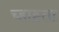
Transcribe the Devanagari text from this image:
च्हाह्ता